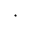
\cdot